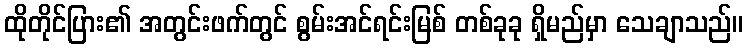
ထိုတိုင်ပြား၏ အတွင်းဖက်တွင် စွမ်းအင်ရင်းမြစ် တစ်ခုခု ရှိမည်မှာ သေချာသည်။